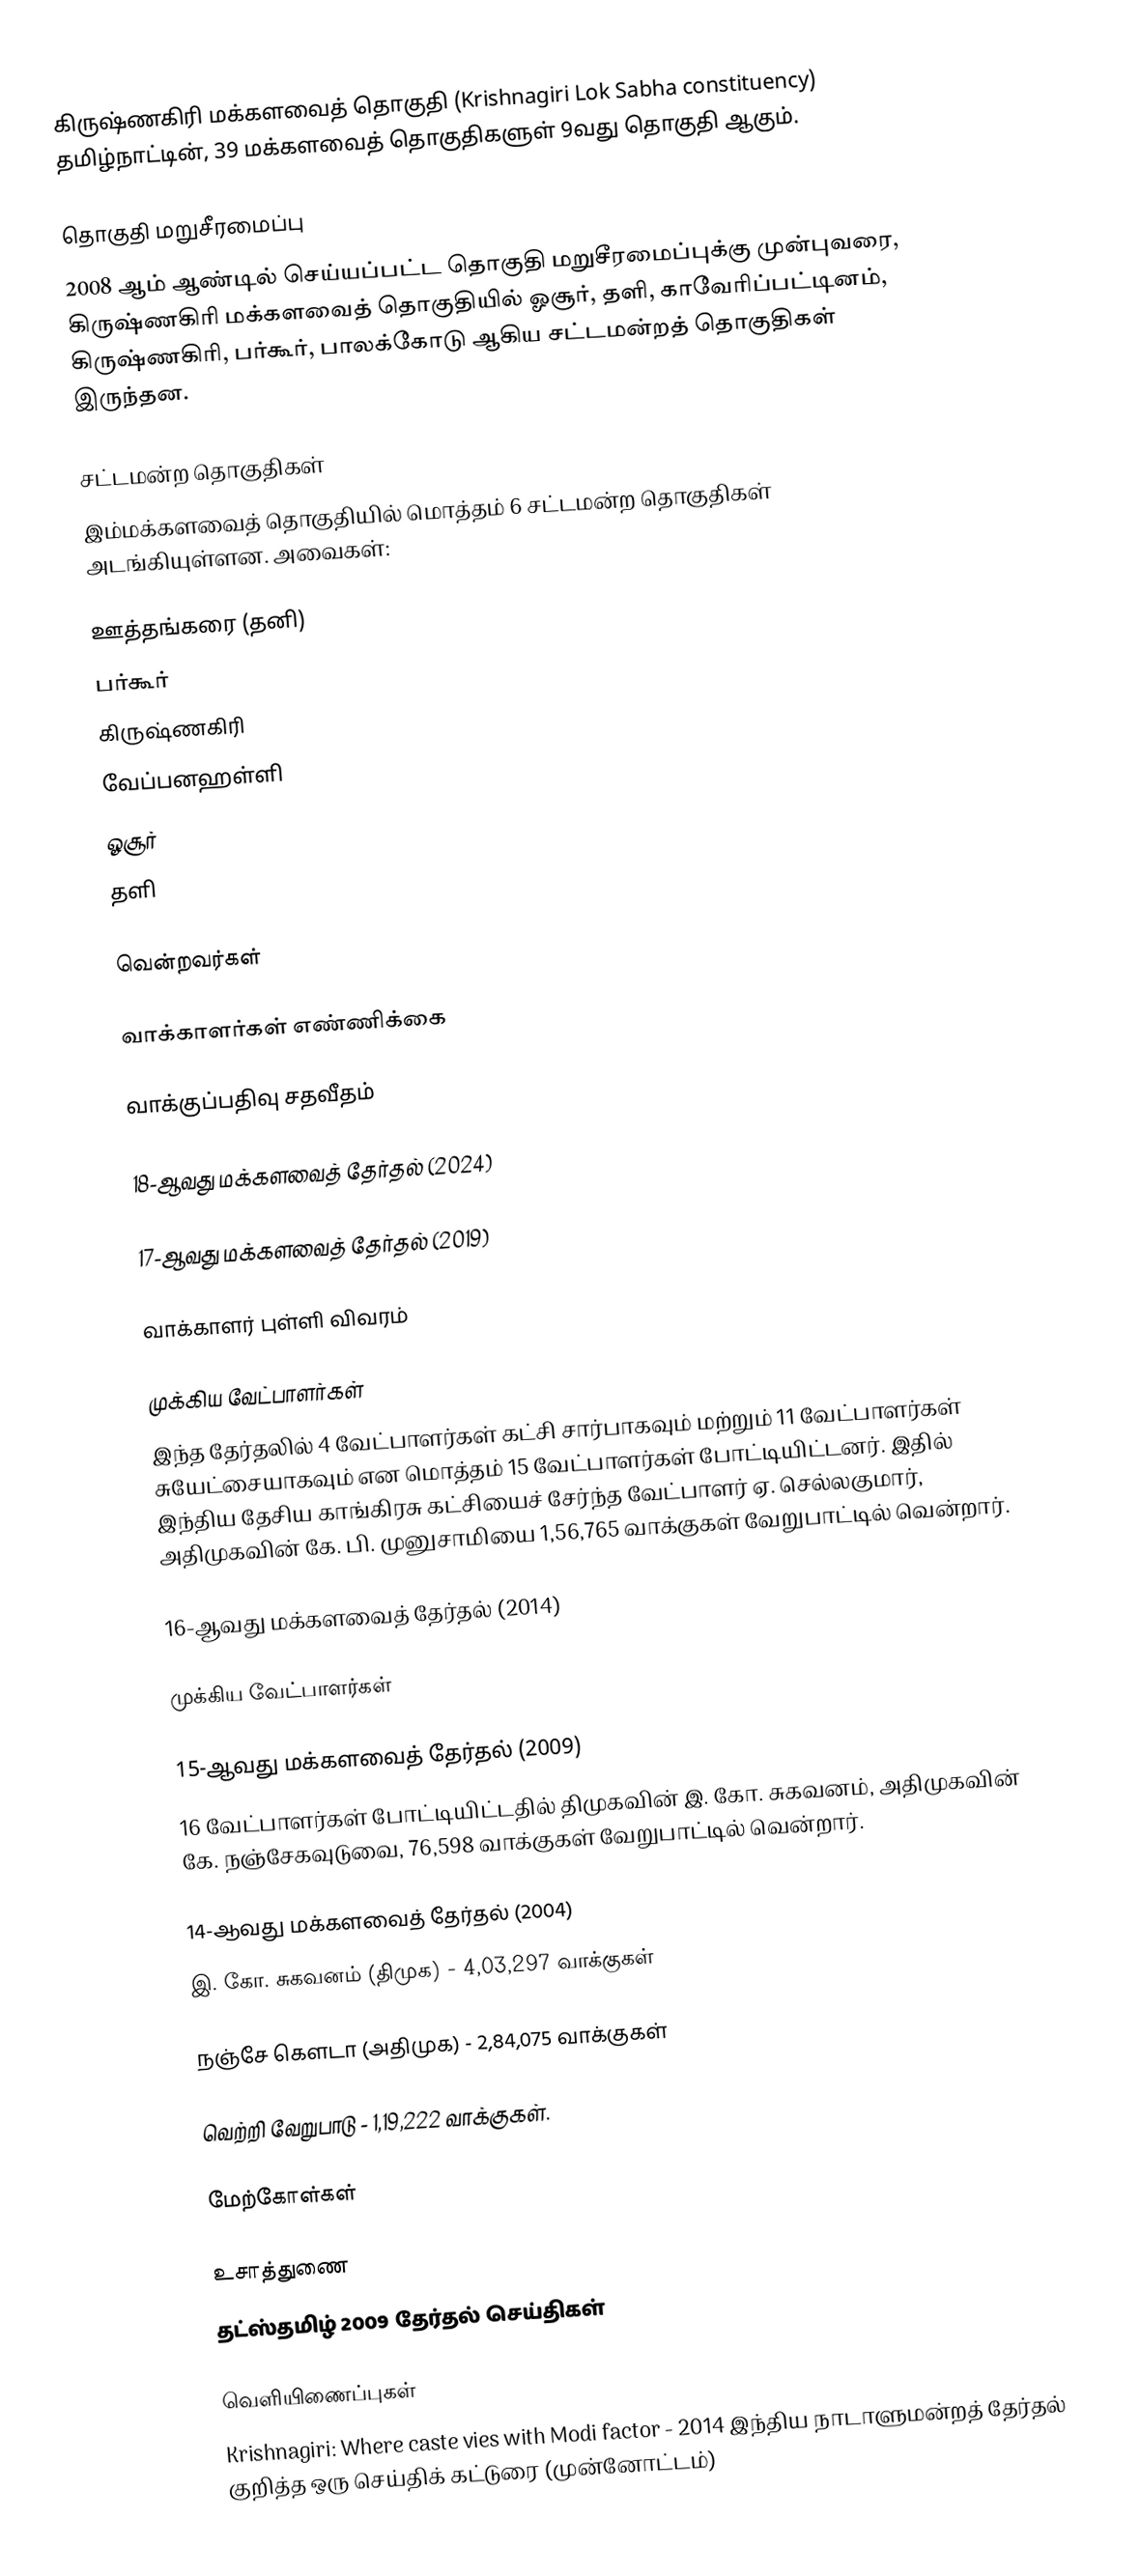
கிருஷ்ணகிரி மக்களவைத் தொகுதி (Krishnagiri Lok Sabha constituency) தமிழ்நாட்டின், 39 மக்களவைத் தொகுதிகளுள் 9வது தொகுதி ஆகும்.

தொகுதி மறுசீரமைப்பு
2008 ஆம் ஆண்டில் செய்யப்பட்ட தொகுதி மறுசீரமைப்புக்கு முன்புவரை, கிருஷ்ணகிரி மக்களவைத் தொகுதியில் ஓசூர், தளி, காவேரிப்பட்டினம், கிருஷ்ணகிரி, பர்கூர், பாலக்கோடு ஆகிய சட்டமன்றத் தொகுதிகள் இருந்தன.

சட்டமன்ற தொகுதிகள்
இம்மக்களவைத் தொகுதியில் மொத்தம் 6 சட்டமன்ற தொகுதிகள் அடங்கியுள்ளன. அவைகள்:

 ஊத்தங்கரை (தனி)
 பர்கூர்
 கிருஷ்ணகிரி
 வேப்பனஹள்ளி
 ஓசூர்
 தளி

வென்றவர்கள்

வாக்காளர்கள் எண்ணிக்கை

வாக்குப்பதிவு சதவீதம்

18-ஆவது மக்களவைத் தேர்தல் (2024)

17-ஆவது மக்களவைத் தேர்தல் (2019)

வாக்காளர் புள்ளி விவரம்

முக்கிய வேட்பாளர்கள்
இந்த தேர்தலில் 4 வேட்பாளர்கள் கட்சி சார்பாகவும் மற்றும் 11 வேட்பாளர்கள் சுயேட்சையாகவும் என மொத்தம் 15 வேட்பாளர்கள் போட்டியிட்டனர். இதில் இந்திய தேசிய காங்கிரசு கட்சியைச் சேர்ந்த வேட்பாளர் ஏ. செல்லகுமார், அதிமுகவின் கே. பி. முனுசாமியை 1,56,765 வாக்குகள் வேறுபாட்டில் வென்றார்.

16-ஆவது மக்களவைத் தேர்தல் (2014)

முக்கிய வேட்பாளர்கள்

15-ஆவது மக்களவைத் தேர்தல் (2009)
16 வேட்பாளர்கள் போட்டியிட்டதில் திமுகவின் இ. கோ. சுகவனம், அதிமுகவின் கே. நஞ்சேகவுடுவை, 76,598 வாக்குகள் வேறுபாட்டில் வென்றார்.

14-ஆவது மக்களவைத் தேர்தல் (2004)
இ. கோ. சுகவனம் (திமுக) - 4,03,297 வாக்குகள்

நஞ்சே கெளடா (அதிமுக) - 2,84,075 வாக்குகள்

வெற்றி வேறுபாடு - 1,19,222 வாக்குகள்.

மேற்கோள்கள்

உசாத்துணை
 தட்ஸ்தமிழ் 2009 தேர்தல் செய்திகள்

வெளியிணைப்புகள்
Krishnagiri: Where caste vies with Modi factor - 2014 இந்திய நாடாளுமன்றத் தேர்தல் குறித்த ஒரு செய்திக் கட்டுரை (முன்னோட்டம்)